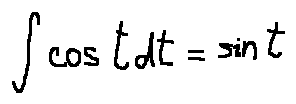
\int \cos t d t = \sin t